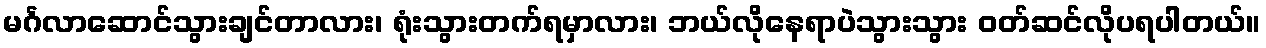
မင်္ဂလာဆောင်သွားချင်တာလား၊ ရုံးသွားတက်ရမှာလား၊ ဘယ်လိုနေရာပဲသွားသွား ဝတ်ဆင်လိုပရပါတယ်။